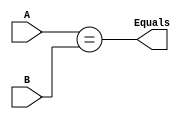
`timescale 1ns / 1ps

module Comparator (
    input [31:0] A,
    input [31:0] B,

    output Equals //Are input equals?
);

    //This module was done so we can implement more instructions for the branch type
    assign Equals = (A == B);

endmodule // Comparator